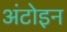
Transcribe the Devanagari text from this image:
अंटोइन